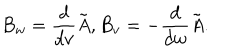
B _ { w } = { \frac { d } { d v } } \tilde { { \it A } } , B _ { v } = - { \frac { d } { d w } } \tilde { { \it A } } .